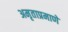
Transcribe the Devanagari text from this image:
अमृताप्रमाणे